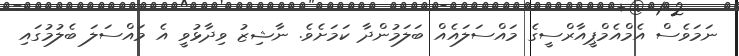
ނަމަވެސް އެމްއެމްޕީއާރްސީގެ މައްސަލައެއް ބަލަމުންދާ ކަމަށެވެ. ނާޝިޒު ވިދާޅުވީ އެ މައްސަލަ ބެލުމުގައި